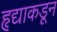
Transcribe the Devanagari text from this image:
हृद्याकडून